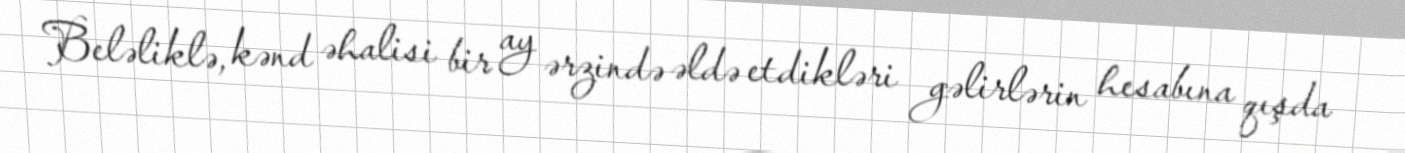
Beləliklə, kənd əhalisi bir ay ərzində əldə etdikləri gəlirlərin hesabına qışda